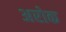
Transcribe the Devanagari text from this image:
अरोक